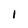
Character: 1